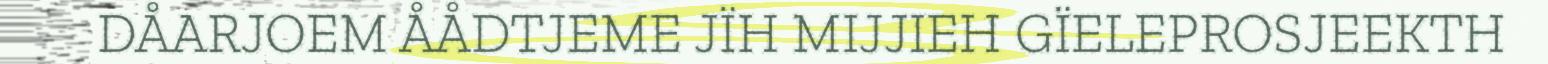
DÅARJOEM ÅÅDTJEME JÏH MIJJIEH GÏELEPROSJEEKTH